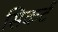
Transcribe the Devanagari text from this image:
सिकर्ट